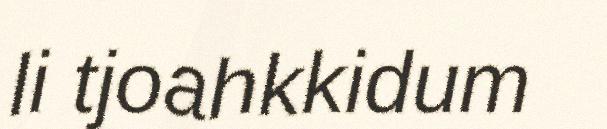
li tjoahkkidum